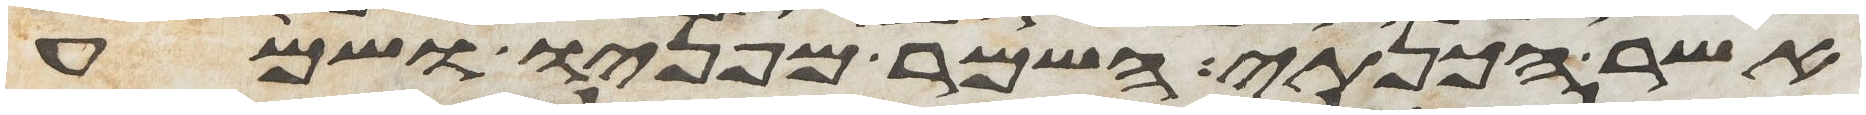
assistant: אשר הכנתי השמר מפניו ושמע